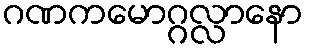
ဂဏကမောဂ္ဂလ္လာနော